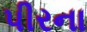
પીરના